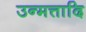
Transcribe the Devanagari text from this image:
उन्मत्तादि